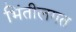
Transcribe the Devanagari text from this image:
भिंतीलगत